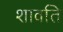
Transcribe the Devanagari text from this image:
शावति